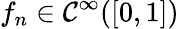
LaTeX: f_{n}\in\mathcal{C}^{\infty}([0,1])